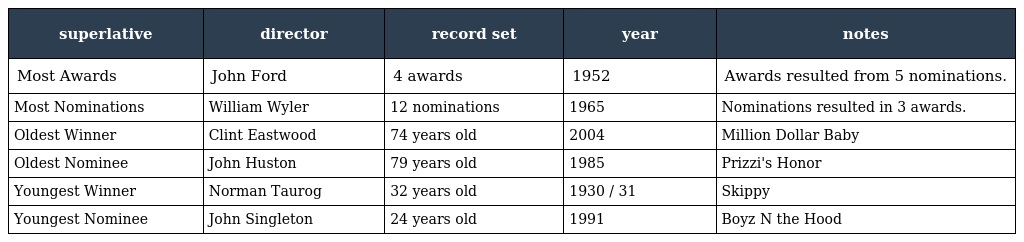
| superlative | director | record set | year | notes |
 | --- | --- | --- | --- | --- |
 | Most Awards | John Ford | 4 awards | 1952 | Awards resulted from 5 nominations. |
 | Most Nominations | William Wyler | 12 nominations | 1965 | Nominations resulted in 3 awards. |
 | Oldest Winner | Clint Eastwood | 74 years old | 2004 | Million Dollar Baby |
 | Oldest Nominee | John Huston | 79 years old | 1985 | Prizzi's Honor |
 | Youngest Winner | Norman Taurog | 32 years old | 1930 / 31 | Skippy |
 | Youngest Nominee | John Singleton | 24 years old | 1991 | Boyz N the Hood |